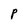
Character: P